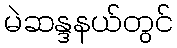
မဲဆန္ဒနယ်တွင်